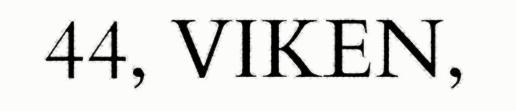
44, VIKEN,